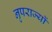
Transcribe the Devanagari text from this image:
नृपराज्यों